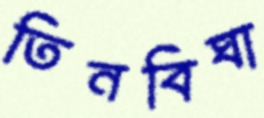
তিনবিঘা